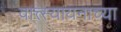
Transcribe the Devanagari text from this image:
वात्त्स्यायनाच्या